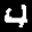
Label: 4